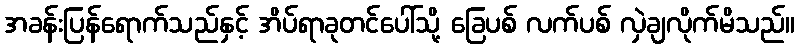
အခန်းပြန်ရောက်သည်နှင့် အိပ်ရာခုတင်ပေါ်သို့ ခြေပစ် လက်ပစ် လှဲချလိုက်မိသည်။